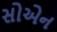
સોએન